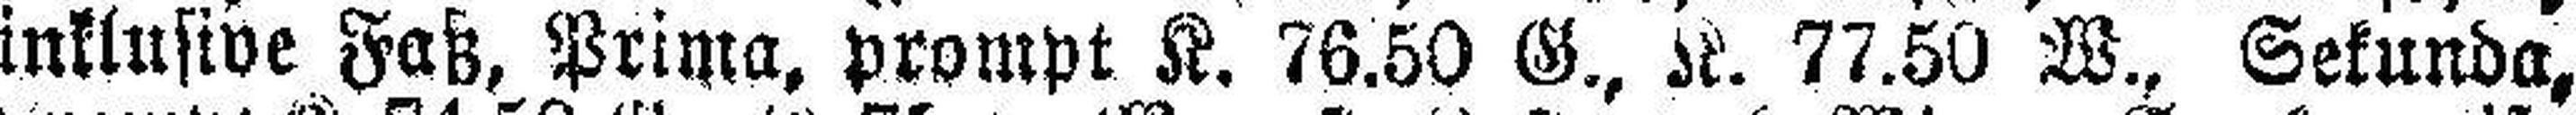
inklusive Faß, Prima, prompt K. 76.50 G., K. 77.50 W., Sekunda,